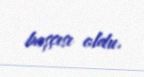
başçısı oldu.